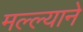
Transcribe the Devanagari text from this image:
मल्ल्याने